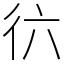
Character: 𢓌